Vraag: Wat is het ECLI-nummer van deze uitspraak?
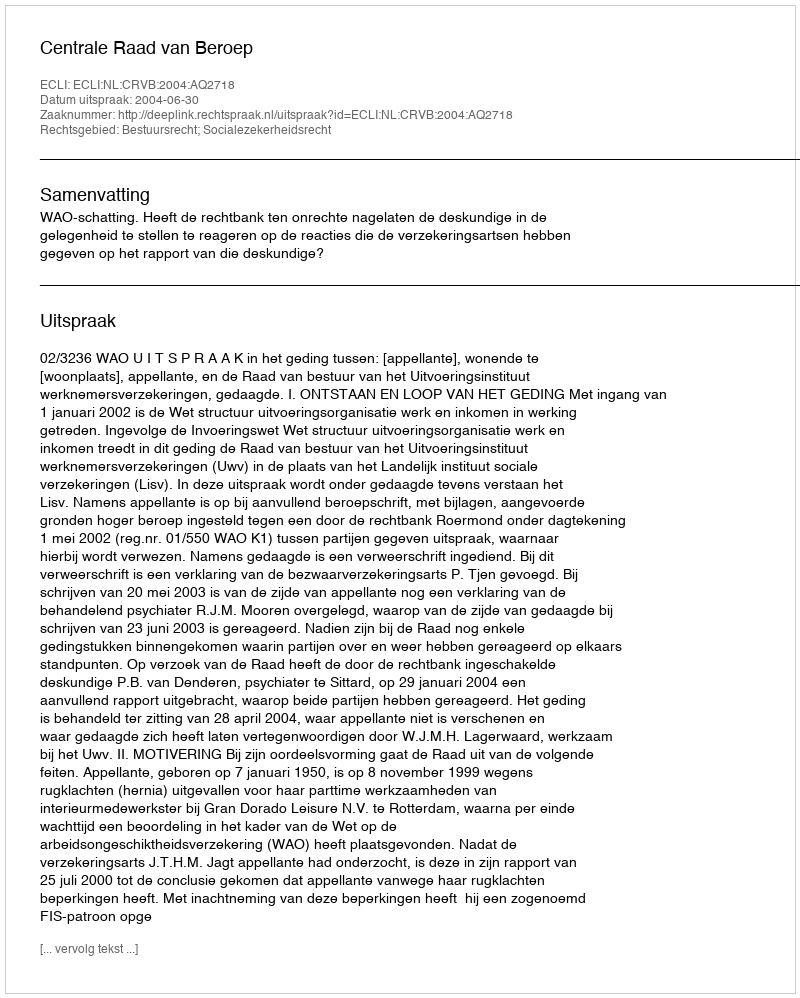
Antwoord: ECLI:NL:CRVB:2004:AQ2718